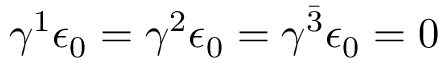
\gamma ^ { 1 } \epsilon _ { 0 } = \gamma ^ { 2 } \epsilon _ { 0 } = \gamma ^ { \bar { 3 } } \epsilon _ { 0 } = 0